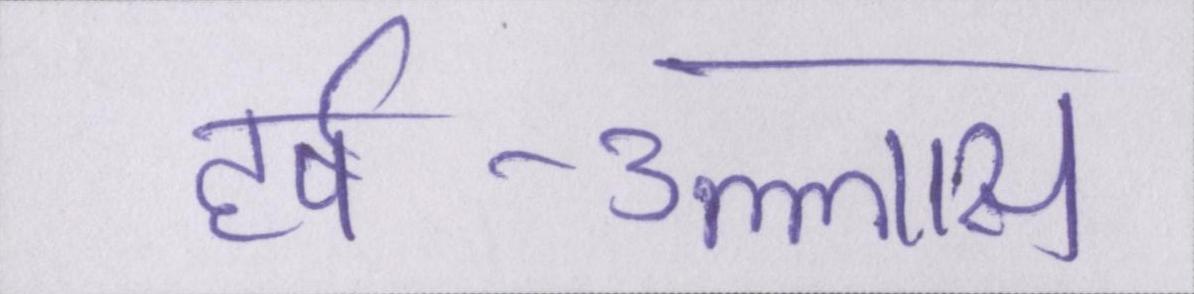
हर्ष-उल्लास